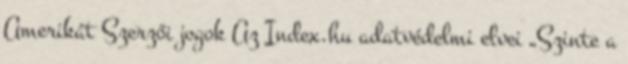
Amerikát Szerzői jogok Az Index.hu adatvédelmi elvei „Szinte a